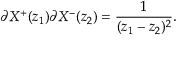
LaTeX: \partial X ^ { + } ( z _ { 1 } ) \partial X ^ { - } ( z _ { 2 } ) = \frac { 1 } { ( z _ { 1 } - z _ { 2 } ) ^ { 2 } } .